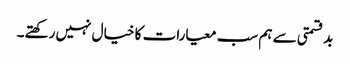
بدقسمتی سے ہم سب معیارات کا خیال نہیں رکھتے۔